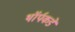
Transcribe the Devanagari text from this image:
थॉर्पकडे